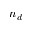
n _ { d }